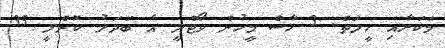
މަކަރާއި ހީލަތް. 3 ހާސް މީހުން ވޯޓްލީ އެ ބަދަލު ކޮށްލީ 35